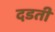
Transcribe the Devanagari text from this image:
दडती